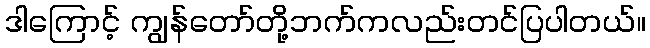
ဒါကြောင့် ကျွန်တော်တို့ဘက်ကလည်းတင်ပြပါတယ်။